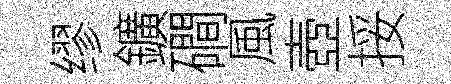
缪鑛磵風壺挼